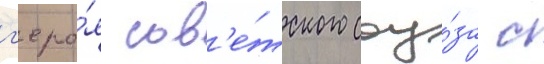
г'еро́я сов'е́тского соу́за с